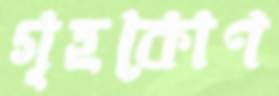
গৃহকোণ